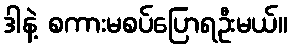
ဒါနဲ့ စကားမစပ်ပြောရဦးမယ်။